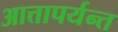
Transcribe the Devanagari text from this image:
आत्तापर्यन्त